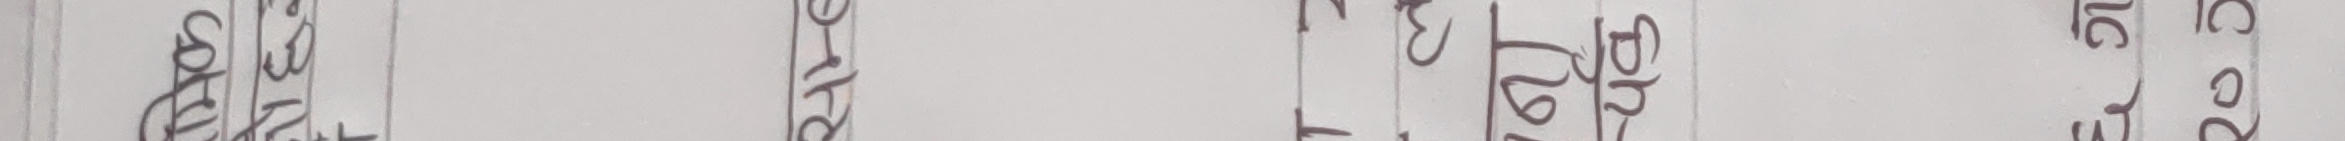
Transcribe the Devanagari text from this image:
अति सुन्दर